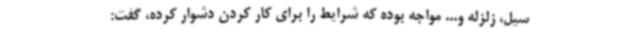
سیل، زلزله و... مواجه بوده که شرایط را برای کار کردن دشوار کرده، گفت: